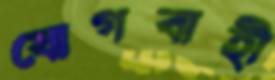
যোগবাহী